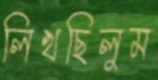
লিখছিলুম